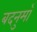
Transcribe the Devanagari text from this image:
बदनुमाँ